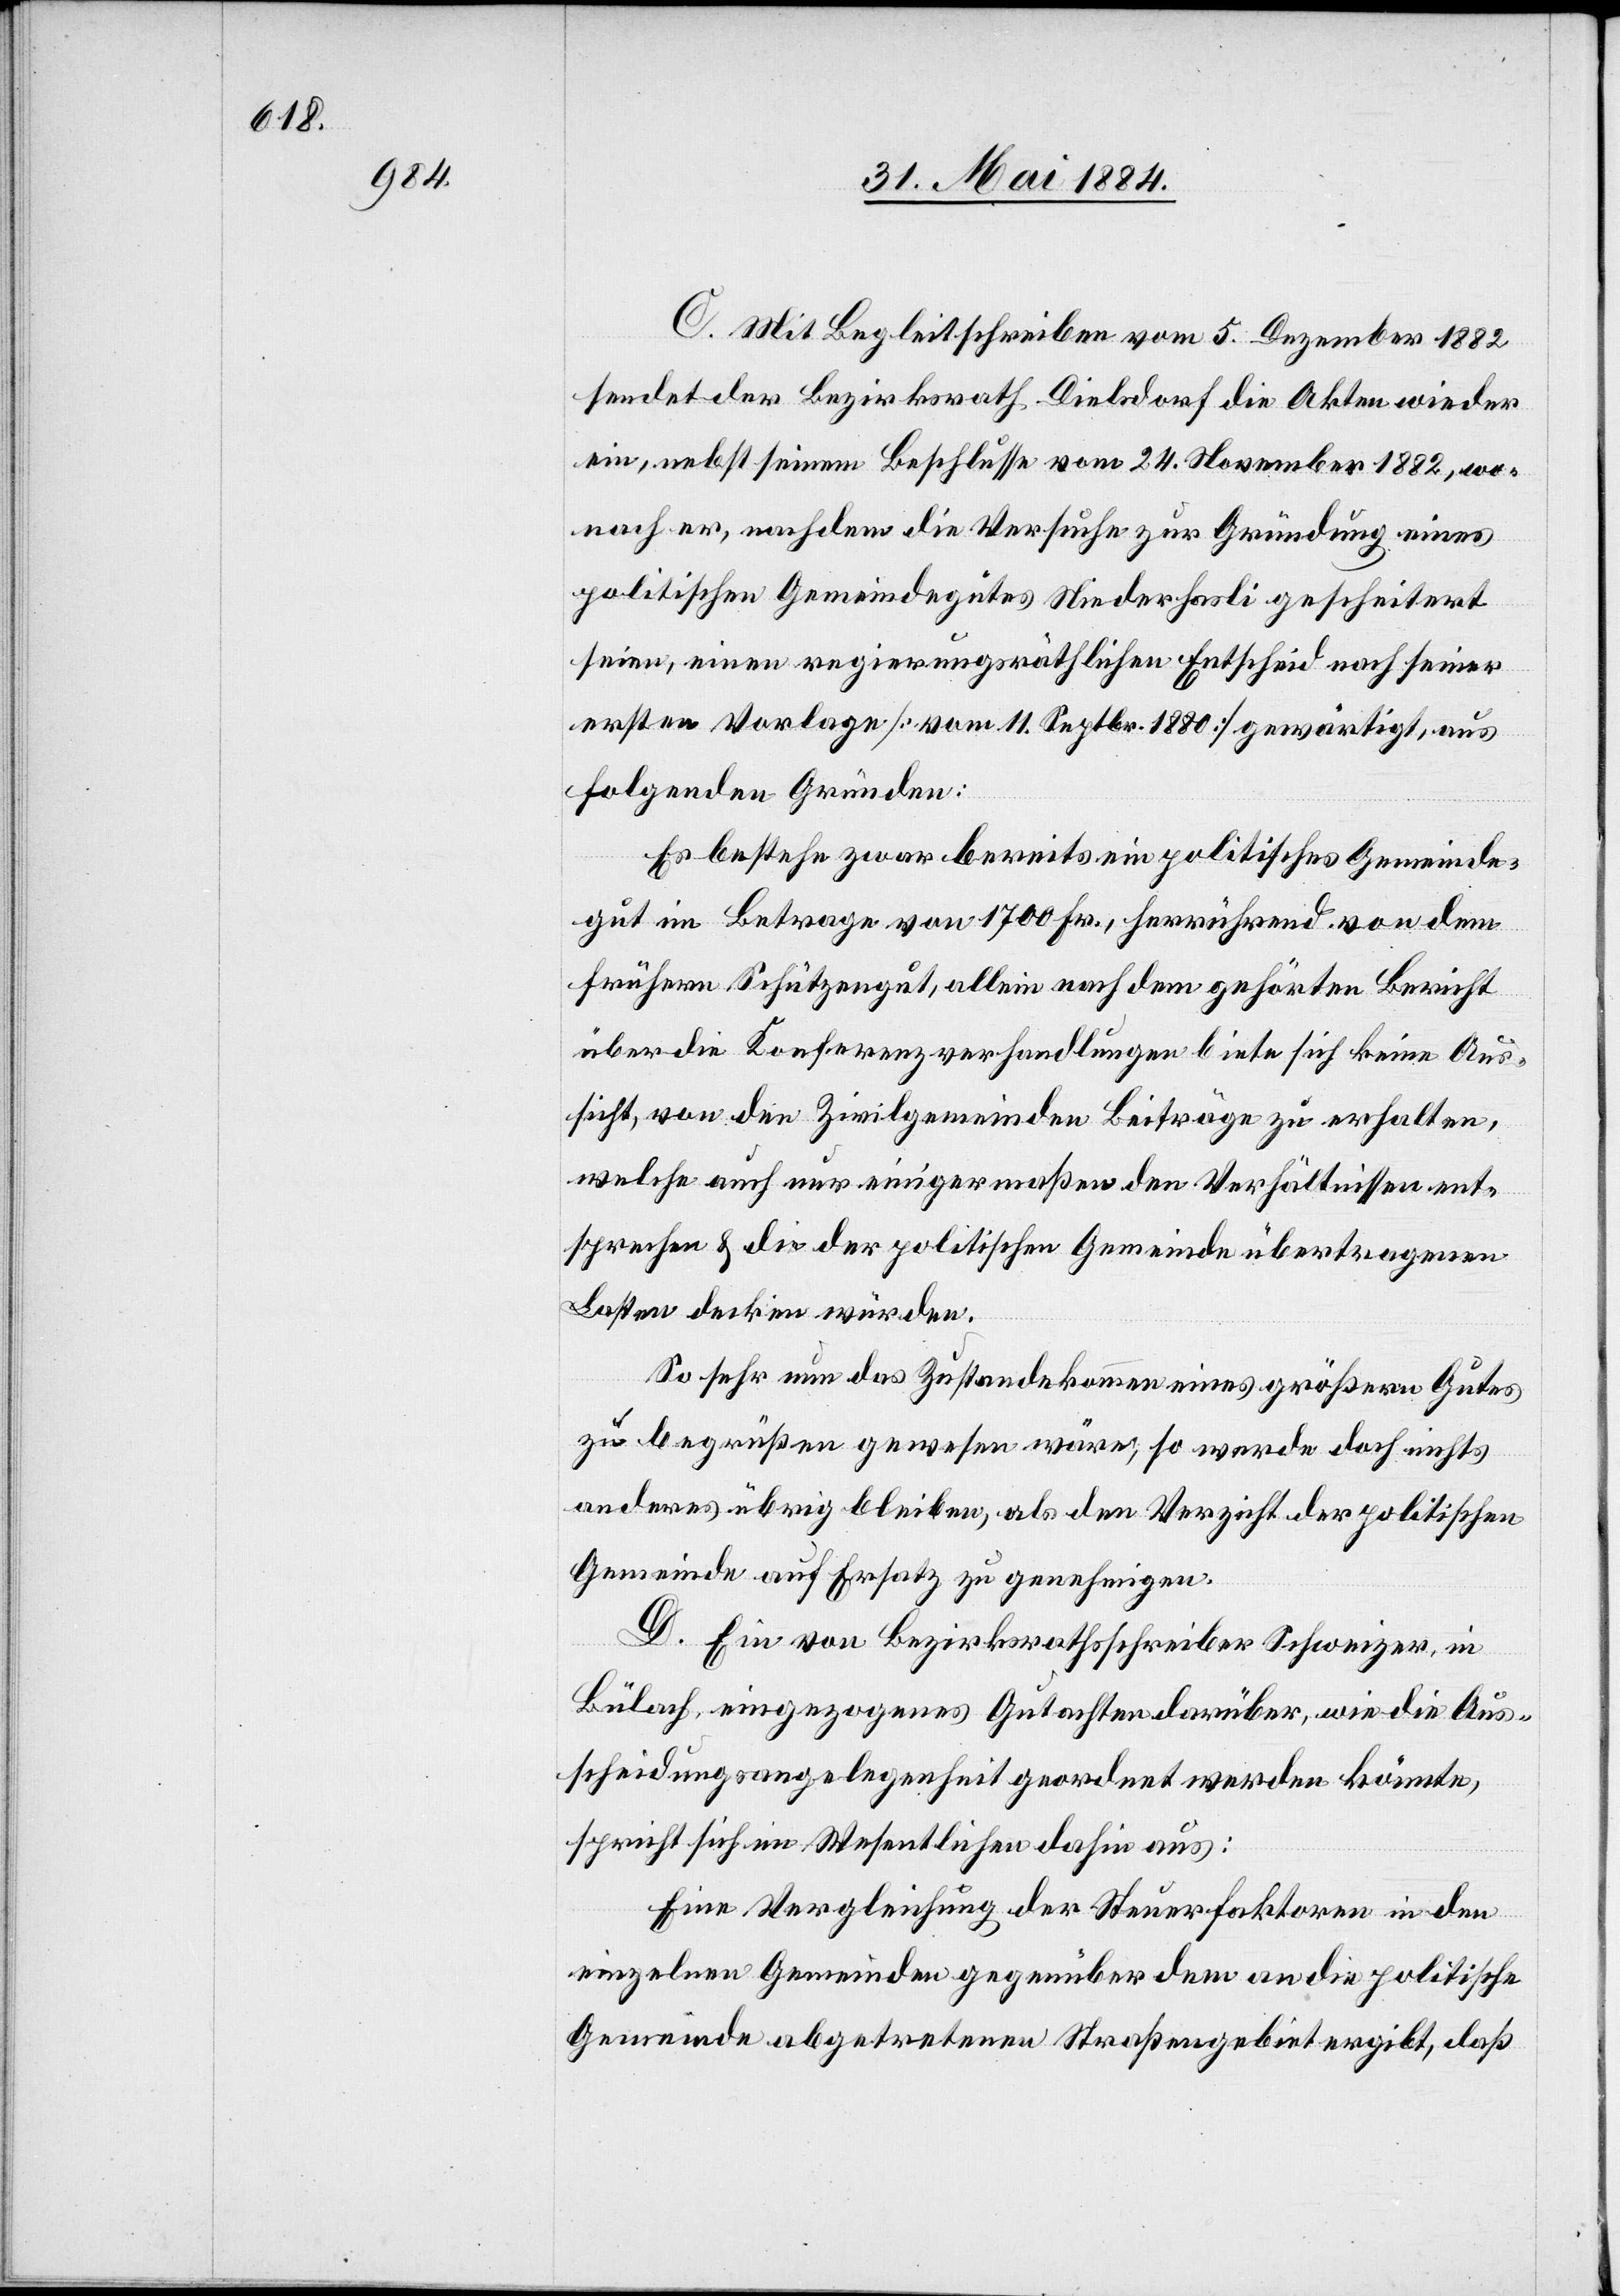
C. Mit Begleitschreiben vom 5. Dezember 1882
sendet der Bezirksrath Dielsdorf die Akten wieder
ein, nebst seinem Beschlusse vom 24. November 1882, wo¬
nach er, nachdem die Versuche zur Gründung eines
politischen Gemeindegutes Niederhasli gescheitert
seien, einen regierungsräthlichen Entscheid nach seiner
ersten Vorlage [vom 11. Septbr. 1880] gewärtigt, aus
folgenden Gründen:
Es bestehe zwar bereits ein politisches Gemeinde¬
gut im Betrage von 1700 Fr., herrührend von dem
frühern Schützengut, allein nach dem gehörten Bericht
über die Konferenzverhandlungen biete sich keine Aus¬
sicht, von den Zivilgemeinden Beiträge zu erhalten,
welche auch nur einigermaßen den Verhältnissen ent¬
sprechen & die der politischen Gemeinde übertragenen
Lasten decken würden.
So sehr nun das Zustandekommen eines größern Gutes
zu begrüßen gewesen wäre, so werde doch nichts
anderes übrig bleiben, als den Verzicht der politischen
Gemeinde auf Ersatz zu genehmigen.
D. Ein von Bezirksrathsschreiber Schweizer, in
Bülach, eingezogenes Gutachten darüber, wie die Aus¬
scheidungsangelegenheit geordnet werden könnte,
spricht sich im Wesentlichen dahin aus:
Eine Vergleichung der Steuerfaktoren in den
einzelnen Gemeinden gegenüber dem an die politische
Gemeinde abgetretenen Straßengebiet ergibt, daß